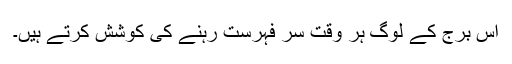
اس برج کے لوگ ہر وقت سر فہرست رہنے کی کوشش کرتے ہیں۔